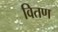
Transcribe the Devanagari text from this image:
वितण